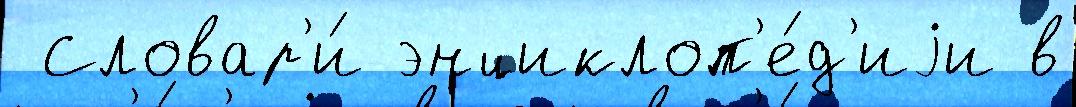
 Словар'и́ энциклоп'е́д'иjи в